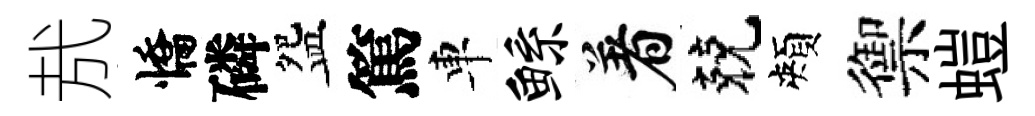
㢤憍磷盌篤車鲧着兢頰禦螘